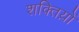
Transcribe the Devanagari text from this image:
शक्तिय़ों